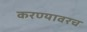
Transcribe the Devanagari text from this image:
करण्यावरच